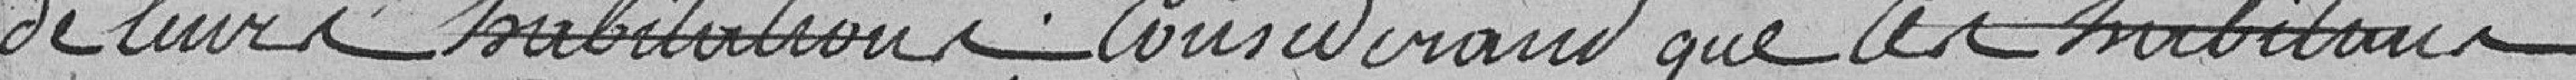
de leur habitation, considérant que ces habitants